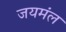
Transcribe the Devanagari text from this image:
जयमंल